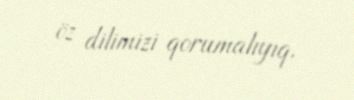
öz dilimizi qorumalıyıq.